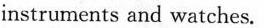
instruments and watches.